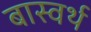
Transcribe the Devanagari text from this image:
बास्वर्थ